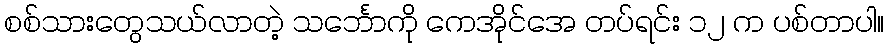
စစ်သားတွေသယ်လာတဲ့ သင်္ဘောကို ကေအိုင်အေ တပ်ရင်း ၁၂ က ပစ်တာပါ။